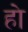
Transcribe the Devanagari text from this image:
हाे